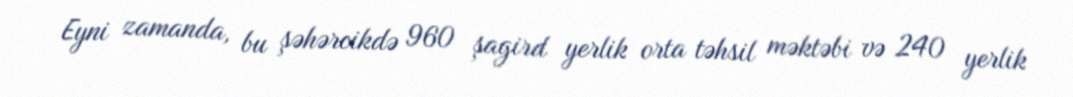
Eyni zamanda, bu şəhərcikdə 960 şagird yerlik orta təhsil məktəbi və 240 yerlik